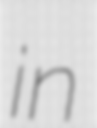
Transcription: in